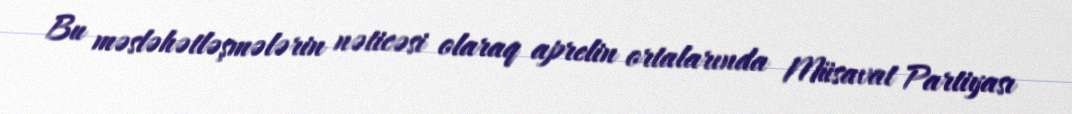
Bu məsləhətləşmələrin nəticəsi olaraq aprelin ortalarında Müsavat Partiyası